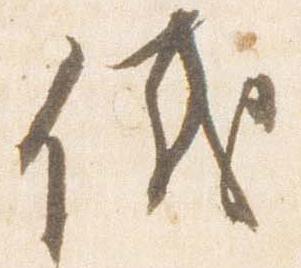
儀